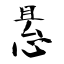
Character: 悬